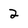
Character: 2